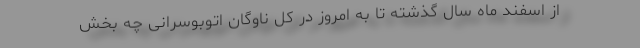
از اسفند ماه سال گذشته تا به امروز در کل ناوگان اتوبوسرانی چه بخش